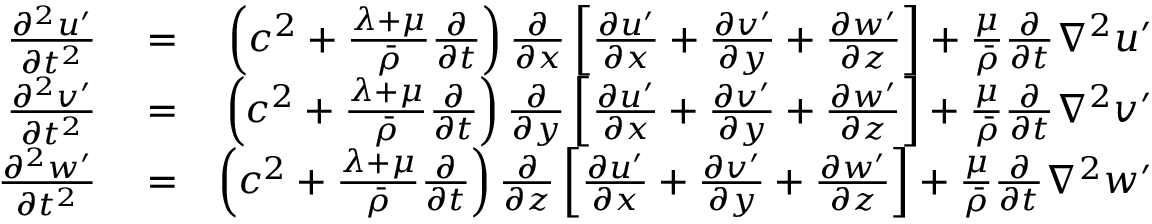
\begin{array} { r l r } { \frac { \partial ^ { 2 } u ^ { \prime } } { \partial t ^ { 2 } } } & { { } = } & { \left( c ^ { 2 } + \frac { \lambda + \mu } { \bar { \rho } } \frac { \partial } { \partial t } \right) \frac { \partial } { \partial x } \left[ \frac { \partial u ^ { \prime } } { \partial x } + \frac { \partial v ^ { \prime } } { \partial y } + \frac { \partial w ^ { \prime } } { \partial z } \right] + \frac { \mu } { \bar { \rho } } \frac { \partial } { \partial t } \nabla ^ { 2 } u ^ { \prime } } \\ { \frac { \partial ^ { 2 } v ^ { \prime } } { \partial t ^ { 2 } } } & { { } = } & { \left( c ^ { 2 } + \frac { \lambda + \mu } { \bar { \rho } } \frac { \partial } { \partial t } \right) \frac { \partial } { \partial y } \left[ \frac { \partial u ^ { \prime } } { \partial x } + \frac { \partial v ^ { \prime } } { \partial y } + \frac { \partial w ^ { \prime } } { \partial z } \right] + \frac { \mu } { \bar { \rho } } \frac { \partial } { \partial t } \nabla ^ { 2 } v ^ { \prime } } \\ { \frac { \partial ^ { 2 } w ^ { \prime } } { \partial t ^ { 2 } } } & { { } = } & { \left( c ^ { 2 } + \frac { \lambda + \mu } { \bar { \rho } } \frac { \partial } { \partial t } \right) \frac { \partial } { \partial z } \left[ \frac { \partial u ^ { \prime } } { \partial x } + \frac { \partial v ^ { \prime } } { \partial y } + \frac { \partial w ^ { \prime } } { \partial z } \right] + \frac { \mu } { \bar { \rho } } \frac { \partial } { \partial t } \nabla ^ { 2 } w ^ { \prime } } \end{array}